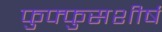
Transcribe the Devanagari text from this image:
फुफ्फुसशीर्ष